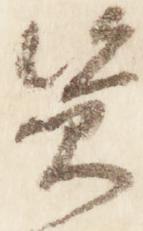
資